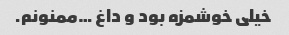
خیلی خوشمزه بود و داغ …ممنونم.